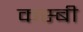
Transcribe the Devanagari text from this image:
कस्बी